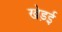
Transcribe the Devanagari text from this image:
खेड़ई